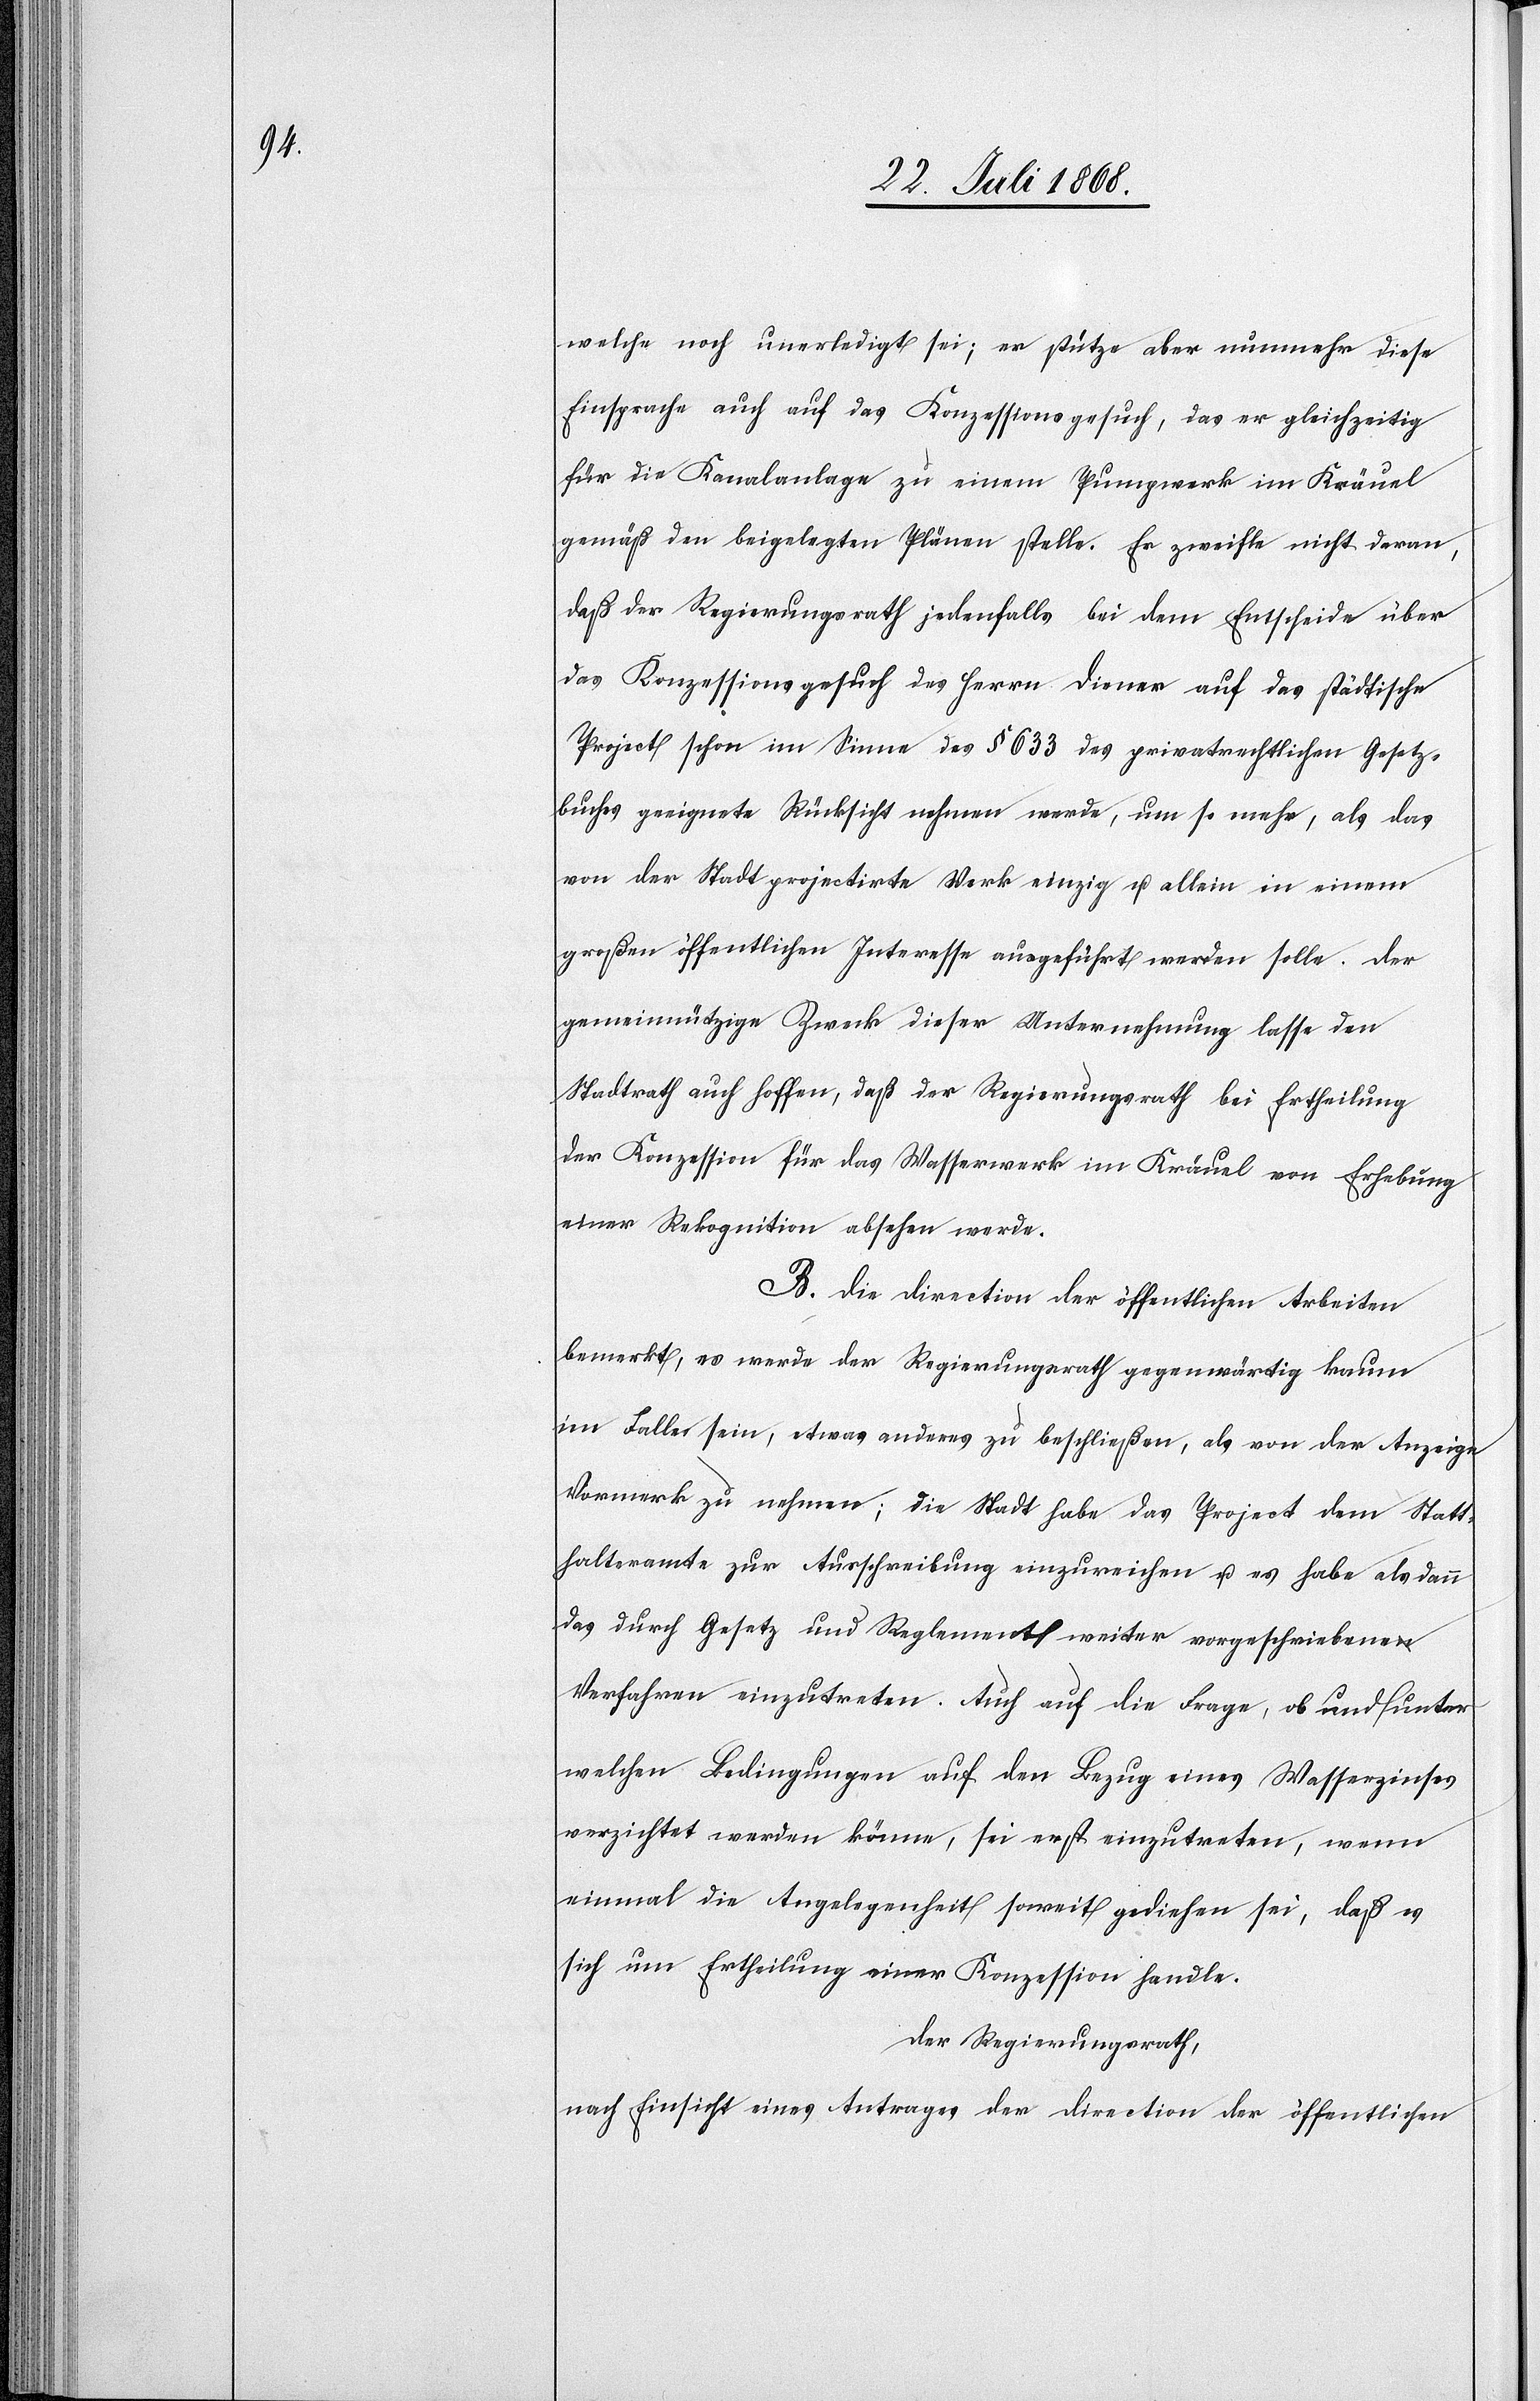
welche noch unerledigt sei; es stütze aber nunmehr diese
Einsprache auch auf das Konzessionsgesuch, das er gleichzeitig
für die Kanalanlage zu einem Pumpwerk im Kräuel
gemäß den beigelegten Plänen stelle. Er zweifle nicht daran,
daß der Regierungsrath jedenfalls bei dem Entscheide über
das Konzessionsgesuch des Herrn Diener auf das städtische
Projekt schon im Sinne des § 633 des privatrechtlichen Gesetz¬
buches geeignete Rücksicht nehmen werde, um so mehr, als das
von der Stadt projectirte Werk einzig u. allein in einem
großen öffentlichen Interesse ausgeführt werden solle. Der
gemeinnützige Zweck dieser Unternehmung lasse den
Stadtrath auch hoffen, daß der Regierungsrath bei Ertheilung
der Konzession für das Wasserwerk im Kräuel von Erhebung
einer Rekognition absehen werde.
B. Die Direction der öffentlichen Arbeiten
bemerkt, es werde der Regierungsrath gegenwärtig kaum
im Falle sein, etwas anderes zu beschließen, als von der Anzeige
Vormerk zu nehmen; die Stadt habe das Project dem Statt¬
halteramte zur Ausschreibung einzureichen u. es habe alsdann
das durch Gesetz und Reglement weiter vorgeschriebene
Verfahren einzutreten. Auch auf die Frage, ob und unter
welchen Bedingungen auf den Bezug eines Wasserzinses
verzichtet werden könne, sei erst einzutreten, wenn
einmal die Angelegenheit soweit gediehen sei, daß es
sich um Ertheilung einer Konzession handle.
Der Regierungsrath,
nach Einsicht eines Antrages der Direction der öffentlichen